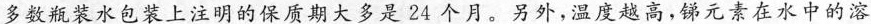
多数瓶装水包装上注明的保质期大多是24个月。另外，温度越高，锑元素在水中的溶